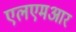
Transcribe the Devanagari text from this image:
एलएमआर